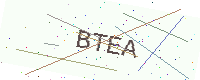
Text: BTEA